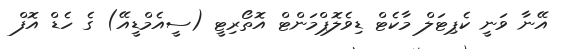
އޭނާ ވަނީ ކެޕިޓަލް މާކެޓް ޑިވެލޮޕްމަންޓް އޮތޯރިޓީ (ސީއެމްޑީއޭ) ގެ ހެޑް އޮފް